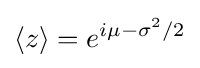
\langle z\rangle =e^{i\mu -\sigma ^{2}/2}